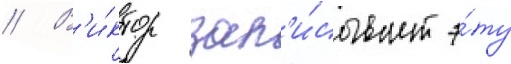
// В'и́ктор зап'и́сывает э́ту